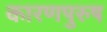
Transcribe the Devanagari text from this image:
कारणपुरुष